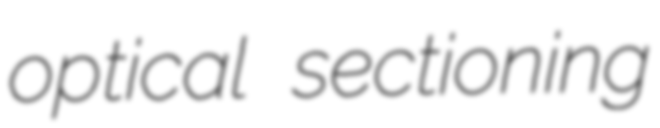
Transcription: optical sectioning